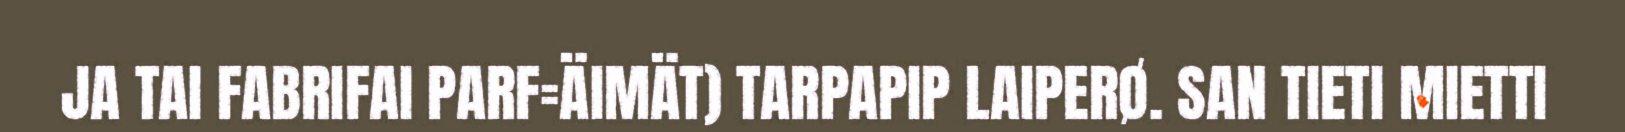
JA TAI FABRIFAI PARF=ÄIMÄT) TARPAPIP LAIPERØ. SAN TIETI MIETTI